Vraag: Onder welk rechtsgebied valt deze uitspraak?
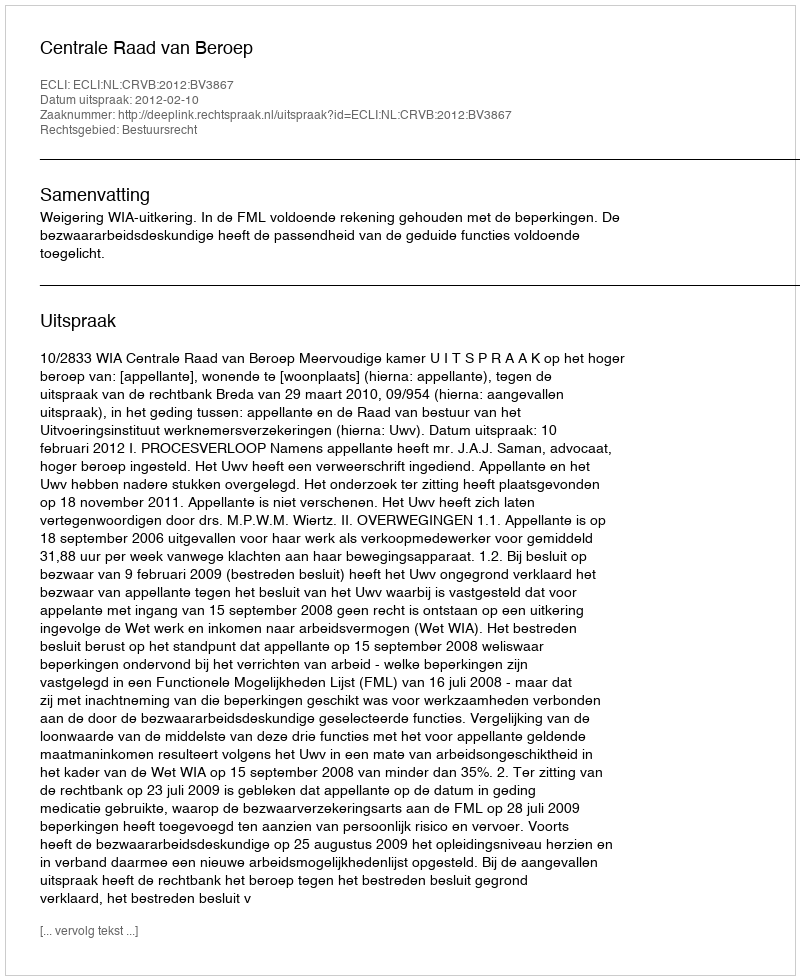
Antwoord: Bestuursrecht